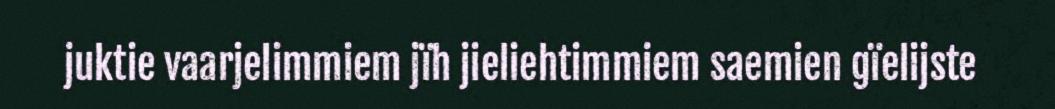
juktie vaarjelimmiem jïh jieliehtimmiem saemien gïelijste